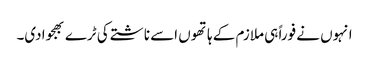
انہوں نے فوراً ہی ملازم کے ہاتھوں اسے ناشتے کی ٹرے بھجوادی۔